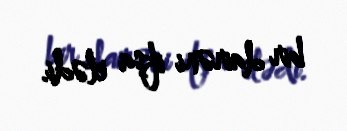
bir dairəni ifşa elədi.